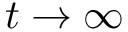
t \rightarrow \infty